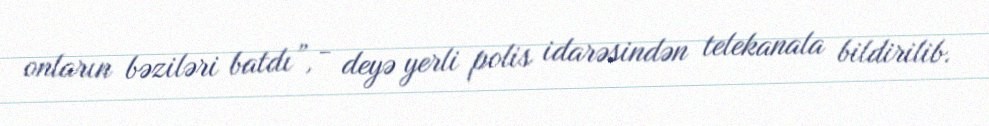
onların bəziləri batdı”, - deyə yerli polis idarəsindən telekanala bildirilib.